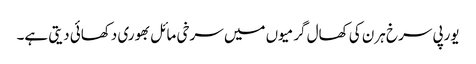
یورپی سرخ ہرن کی کھال گرمیوں میں سرخی مائل بھوری دکھائی دیتی ہے۔